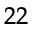
^ { 2 2 }